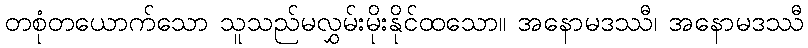
တစုံတယောက်သော သူသည်မလွှမ်းမိုးနိုင်ထသော။ အနောမဒဿီ၊ အနောမဒဿီ